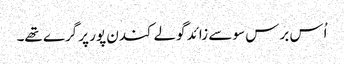
اُس برس سو سے زائد گولے کندن پور پر گرے تھے۔